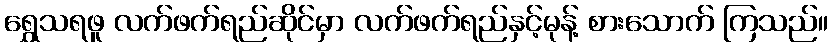
ရွှေသရဖူ လက်ဖက်ရည်ဆိုင်မှာ လက်ဖက်ရည်နှင့်မုန့် စားသောက် ကြသည်။